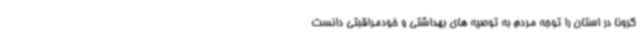
کرونا در استان را توجه مردم به توصیه های بهداشتی و خودمراقبتی دانست